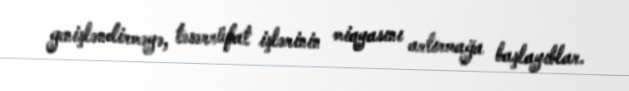
genişləndirməyə, təsərrüfat işlərinin miqyasını artırmağa başlayıblar.